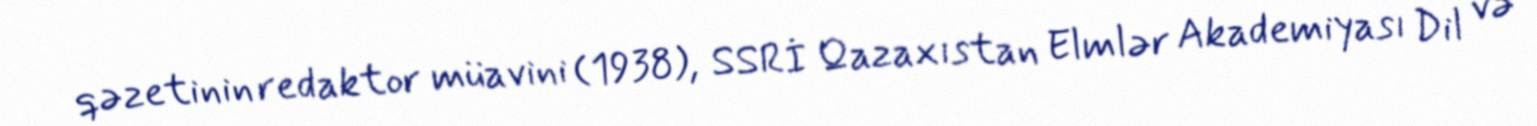
qəzetinin redaktor müavini (1938), SSRİ Qazaxıstan Elmlər Akademiyası Dil və